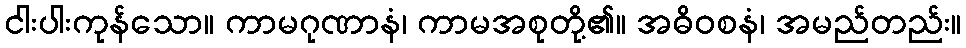
ငါးပါးကုန်သော။ ကာမဂုဏာနံ၊ ကာမအစုတို့၏။ အဓိဝစနံ၊ အမည်တည်း။